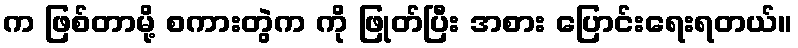
က ဖြစ်တာမို့ စကားတွဲက ကို ဖြုတ်ပြီး အစား ပြောင်းရေးရတယ်။